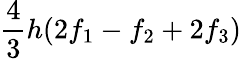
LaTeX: {\frac{4}{3}}h(2f_{1}-f_{2}+2f_{3})